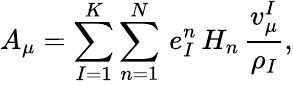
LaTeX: A_{\mu}=\sum_{I=1}^{K}\sum_{n=1}^{N}\, e_{I}^{n}\, H_{n}\, {\frac{v_{\mu}^{I}}{\rho_{I}}},